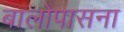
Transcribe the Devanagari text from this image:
बालोपासना